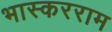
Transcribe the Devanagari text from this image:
भास्करराम